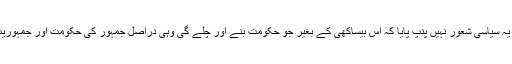
عوام تو کیا لیڈران میی بھی یہ سیاسی شعور نہیں پنپ پایا کہ اس بیساکھی کے بغیر جو حکومت بنے اور چلے گی وہی دراصل جمہور کی حکومت اور جمہوریت کہلانے کے لائق ہوگی ۔